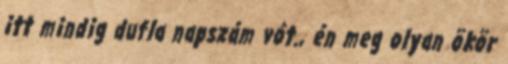
itt mindig dufla napszám vót., én meg olyan ökör